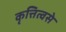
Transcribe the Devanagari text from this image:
कृत्तित्वसे